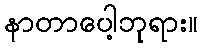
နာတာပေါ့ဘုရား။